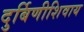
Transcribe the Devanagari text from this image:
दुर्बिणीशिवाय